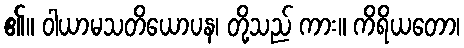
၏။ ဝါယာမသတိယောပန၊ တို့သည် ကား။ ကိရိယတော၊